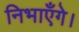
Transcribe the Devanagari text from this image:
निभाएँगे।